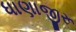
ધાણાજીરૂ